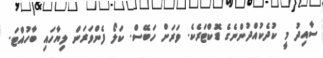
ސާއިދު މީ ކުދެކުއްދުންނެގެ ޑޮކްޓަރެކެ. ވަރަށް ހަބޭސް. ކަލޯ ފެންވަރަން ލިޔާހައި ބާހުއްޓަ.